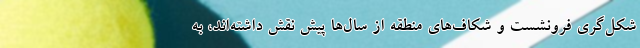
شکل‌گری فرونشست و شکاف‌های منطقه از سال‌ها پیش نقش داشته‌اند، به